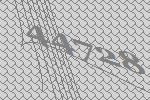
44728